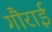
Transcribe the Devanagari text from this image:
गौराई